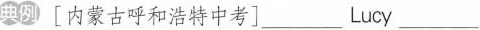
典例〔内蒙古呼和浩特中考]___Lucy___